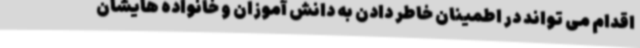
اقدام می تواند در اطمینان خاطر دادن به دانش آموزان و خانواده هایشان